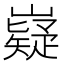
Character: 嶷